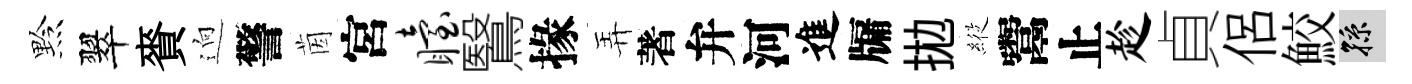
黔翠賚逈警茵宮眙鷖掾弄著弁河進牖拋𦂵鬻止趁貞侶鮫孫